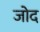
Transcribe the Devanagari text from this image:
जोद